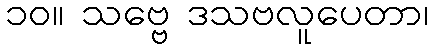
၁၀။ သဗ္ဗေ ဒသဗလူပေတာ၊